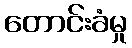
တောင်းခံမှု